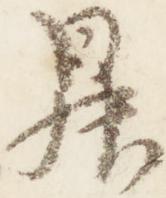
昇